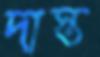
দাস্ত